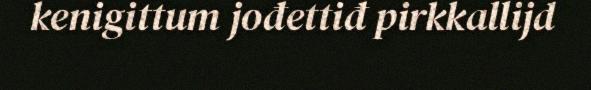
kenigittum jođettiđ pirkkallijd